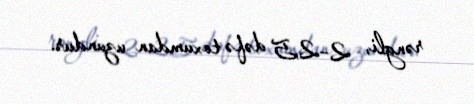
rəngli, 2–2,5 dəfə toxumdan uzundur.